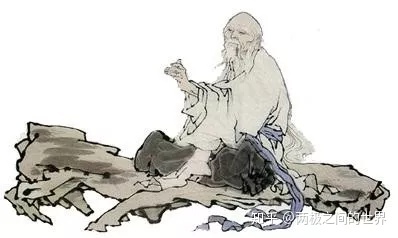
法不仁，不可以为法。